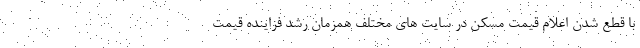
با قطع شدن اعلام قیمت مسکن در سایت های مختلف همزمان رشد فزاینده قیمت